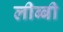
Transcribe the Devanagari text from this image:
लीब्बी